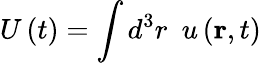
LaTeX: U\left(t\right)=\int d^{3}r\, \, \, u\left(\mathbf{r},t\right)